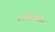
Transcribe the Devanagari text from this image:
राज्यकर्त्यांस